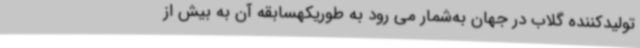
تولیدکننده گلاب در جهان به‌شمار می رود به طوریکهسابقه آن به بیش از